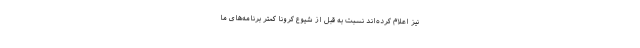
نیز اعلام کرده‌­اند نسبت به قبل از شیوع کرونا کمتر برنامه‌­های ما